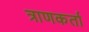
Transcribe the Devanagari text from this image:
त्राणकर्ता